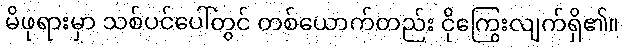
မိဖုရားမှာ သစ်ပင်ပေါ်တွင် တစ်ယောက်တည်း ငိုကြွေးလျက်ရှိ၏။